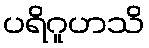
ပရိဂူဟသိ